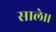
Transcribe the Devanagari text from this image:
साले।।